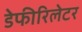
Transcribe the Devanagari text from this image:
डेफीरिलेटर